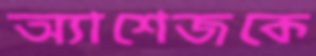
অ্যাশেজকে